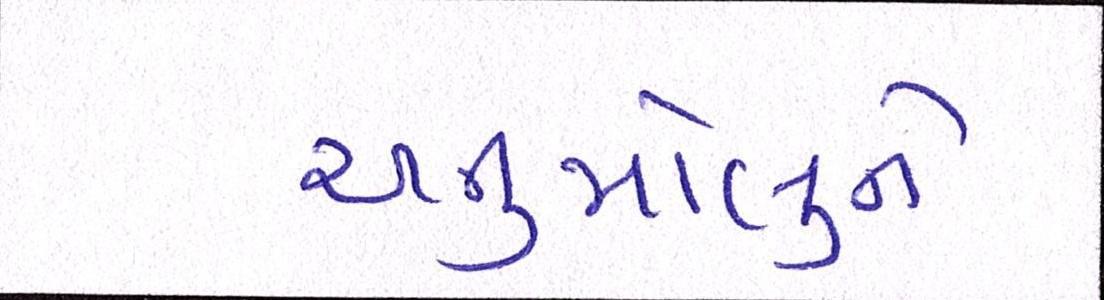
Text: અનુમોલુને